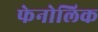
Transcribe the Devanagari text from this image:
फेनोलिक